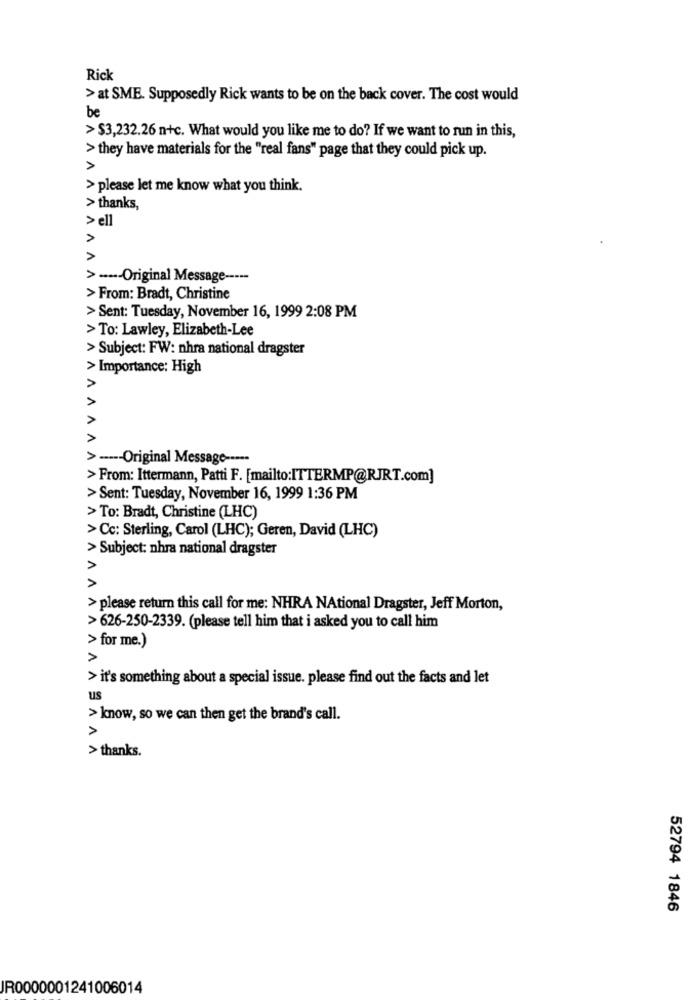
Rick
> at SME. Supposedly Rick wants to be on the back cover. The cost would
be
> $3,232.26 n+c. What would you like me to do? If we want to run in this,
> they have materials for the "real fans" page that they could pick up.
>
> please let me know what you think.
> thanks,
> ell
AA
> -···- Original Message -----
> From: Bradt, Christine
> Sent: Tuesday, November 16, 1999 2:08 PM
> To: Lawley, Elizabeth-Lee
> Subject: FW: nhra national dragster
> Importance: High
AA
A
> ----- Original Message -----
> From: Ittermann, Patti F. [mailto:ITTERMP@RJRT.com]
> Sent: Tuesday, November 16, 1999 1:36 PM
> To: Bradt, Christine (LHC)
> Cc: Sterling, Carol (LHC); Geren, David (LHC)
> Subject: nhra national dragster
V V
> please return this call for me: NHRA NAtional Dragster, Jeff Morton,
> 626-250-2339. (please tell him that i asked you to call him
> for me.)
>
> it's something about a special issue. please find out the facts and let
us
> know, so we can then get the brand's call.
>
> thanks.
52794 1846
JR0000001241006014